65_HS1-834228961_62-HQ-83894_Serial_449
Agency: FBI
Page 18
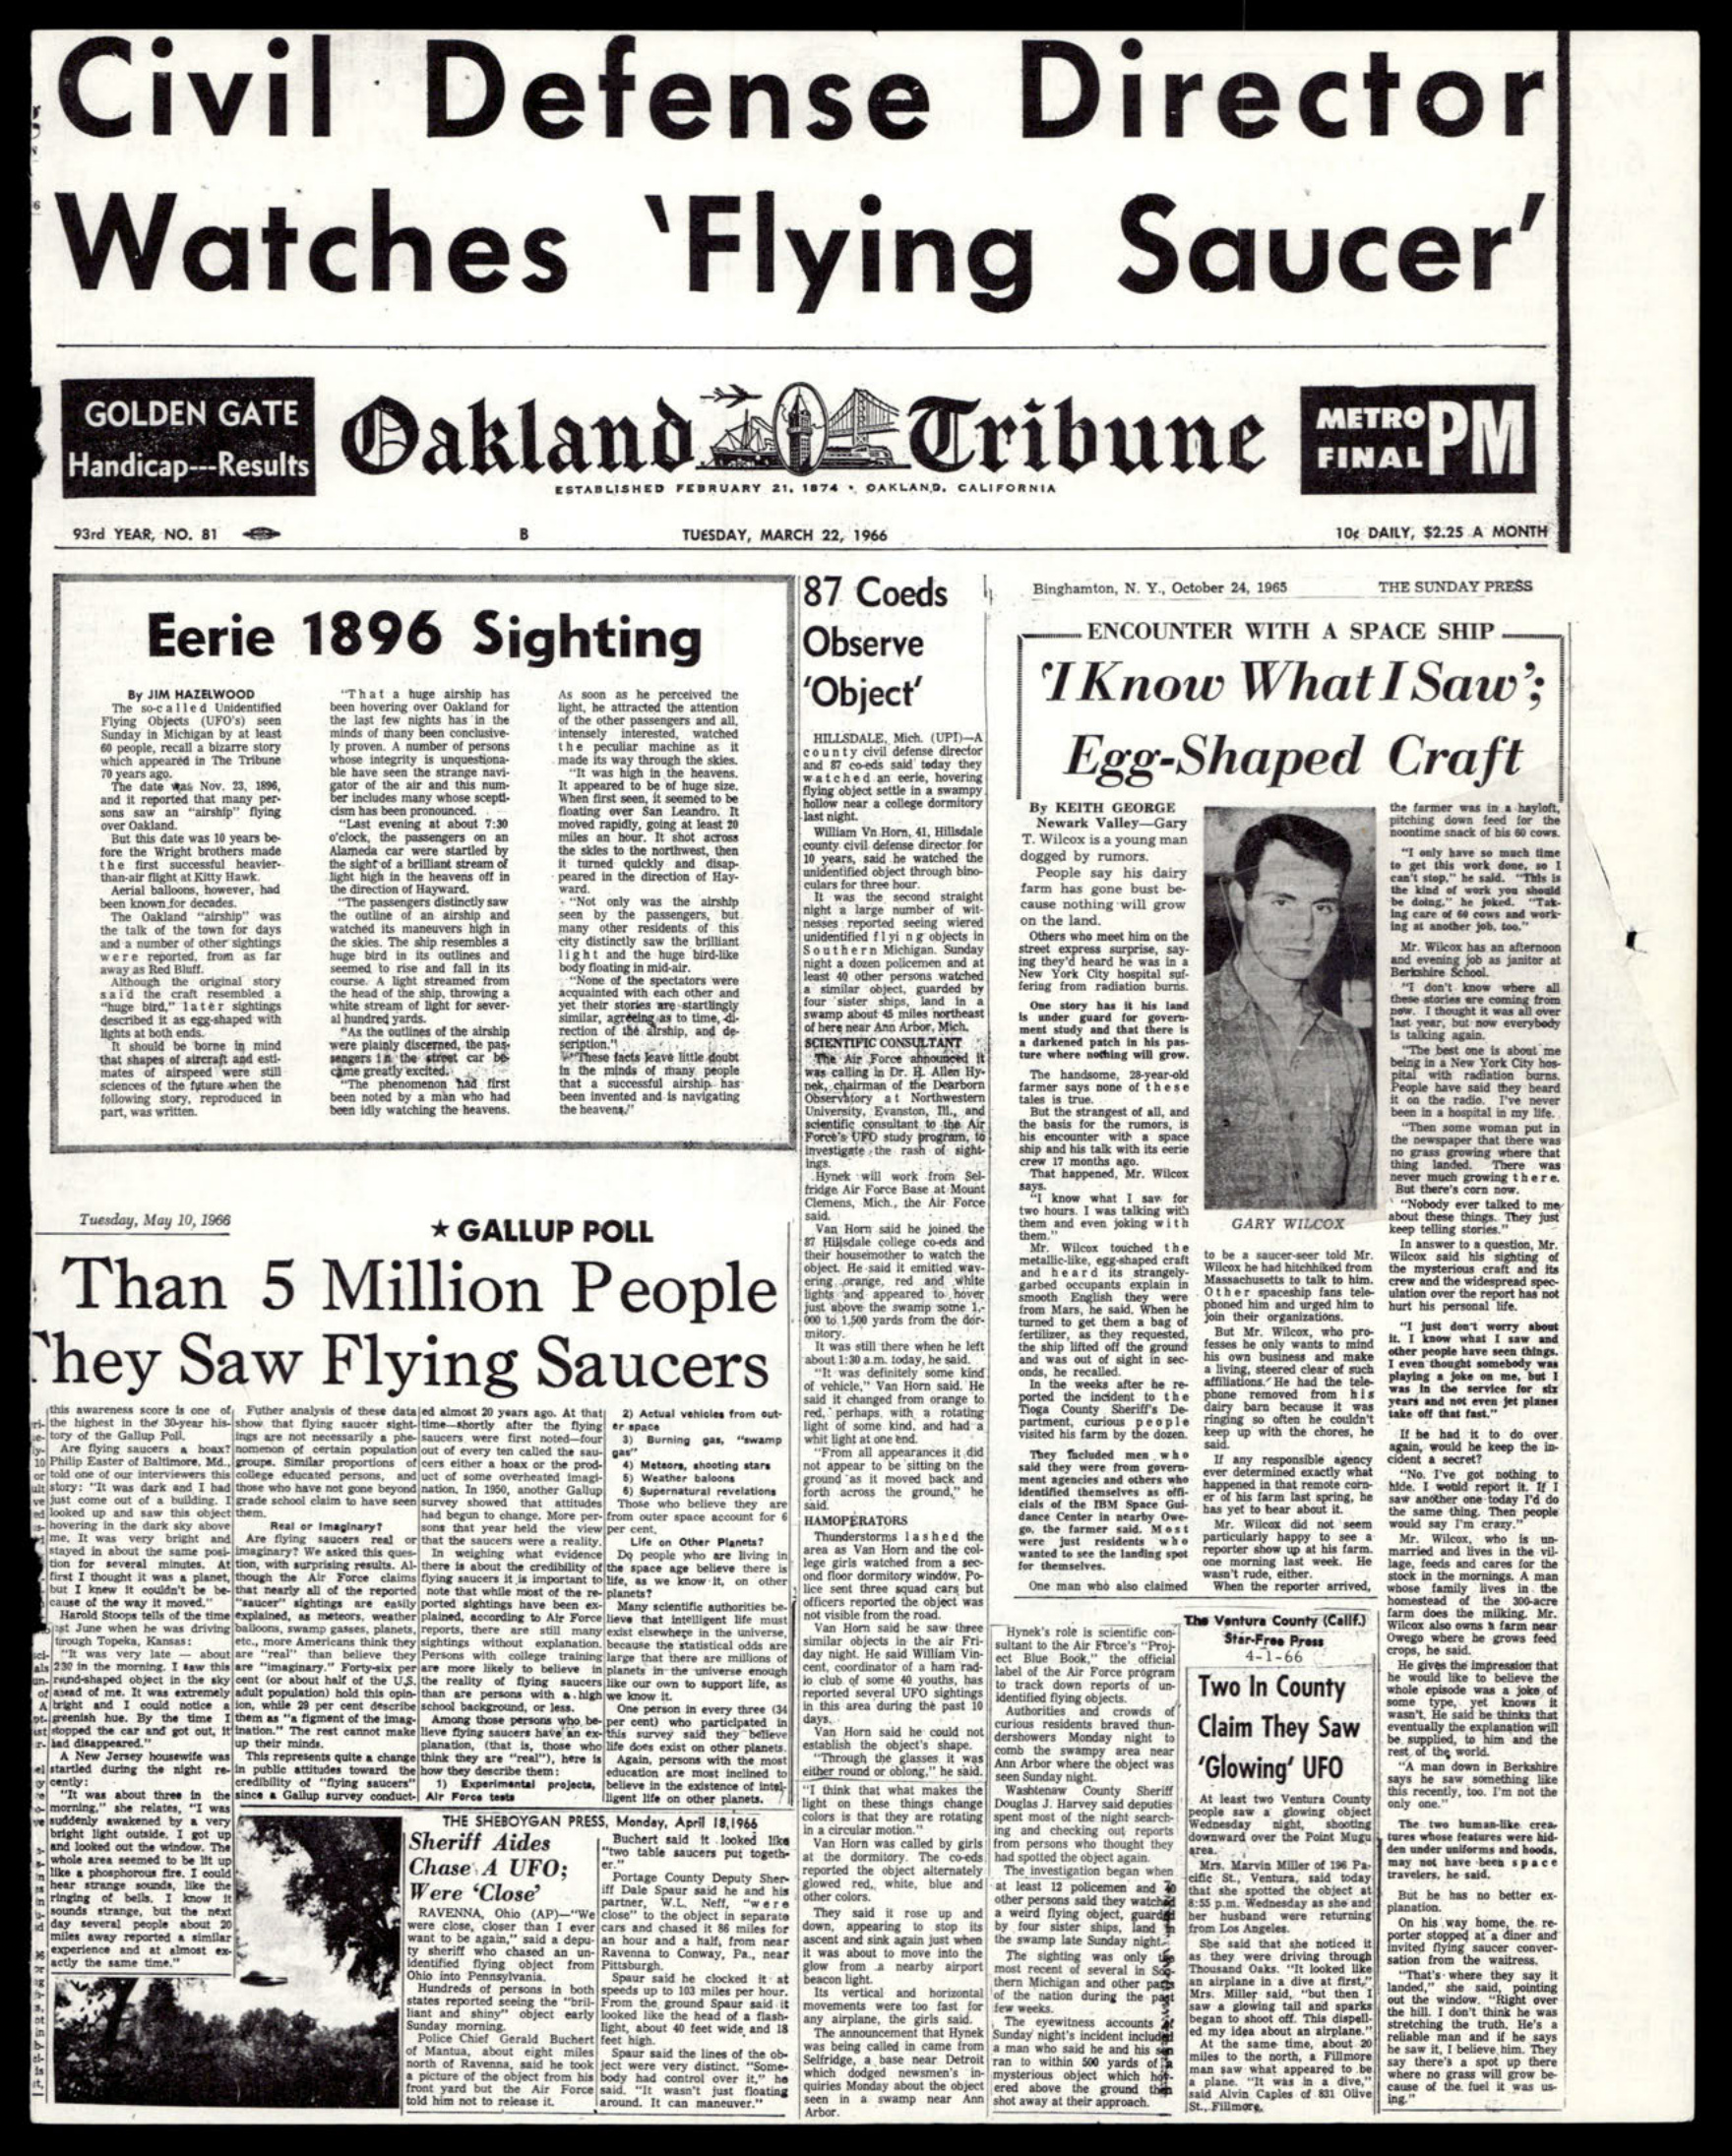